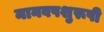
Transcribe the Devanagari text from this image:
मानवपशुरूपी